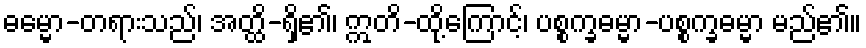
ဓမ္မော-တရားသည်၊ အတ္ထိ-ရှိ၏၊ ဣတိ-ထို့ကြောင့်၊ ပစ္စက္ခဓမ္မာ-ပစ္စက္ခဓမ္မာ မည်၏။